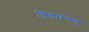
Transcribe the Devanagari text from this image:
तिरुमंगम्‌